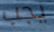
يجب